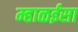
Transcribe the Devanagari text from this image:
म्हाळईसा